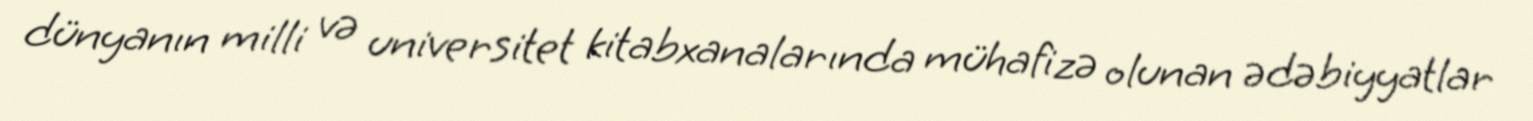
dünyanın milli və universitet kitabxanalarında mühafizə olunan ədəbiyyatlar